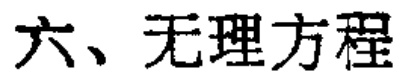
六、无理方程